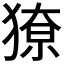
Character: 𭸡